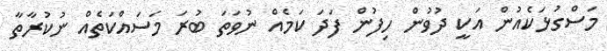
މަސްގުޅަކެއުން އަކީ ދުވުން ހިފުން ފަދަ ކަމެއް ނުވަތަ ބުރަ މަސައްކަތެއް ނުކުރާތާ